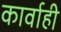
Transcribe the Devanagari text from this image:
कार्वाही